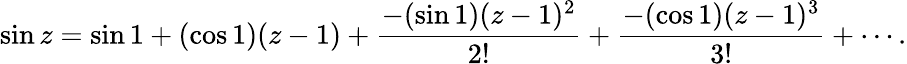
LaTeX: \sin z=\sin 1+(\cos 1)(z-1)+{\frac{-(\sin 1)(z-1)^{2}}{2!}}+{\frac{-(\cos 1)(z-1)^{3}}{3!}}+\cdots.